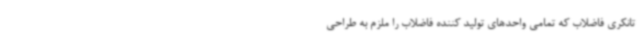
تانکری فاضلاب که تمامی واحدهای تولید کننده فاضلاب را ملزم به طراحی